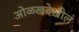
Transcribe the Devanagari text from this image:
ओळखदेखील